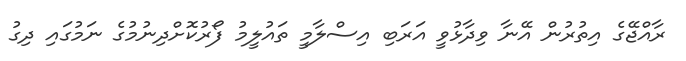
ރާއްޖޭގެ އިތުރުން އޭނާ ވިދާޅުވީ އަރަބި އިސްލާމީ ތައުލީމު ފޯރުކޮށްދިނުމުގެ ނަމުގައި ދިގު